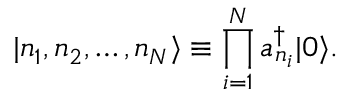
| n _ { 1 } , n _ { 2 } , \dots , n _ { N } \rangle \equiv \prod _ { i = 1 } ^ { N } a _ { n _ { i } } ^ { \dagger } | 0 \rangle .